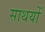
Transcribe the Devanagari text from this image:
साथयों